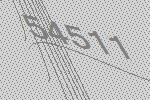
54511